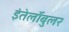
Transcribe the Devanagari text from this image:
इंतेर्लोबुलर